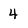
Character: 4